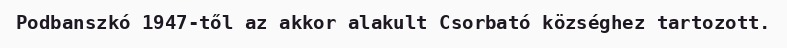
Podbanszkó 1947-től az akkor alakult Csorbató községhez tartozott.